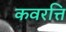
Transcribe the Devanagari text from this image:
कवरत्ति